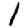
Digit: 1